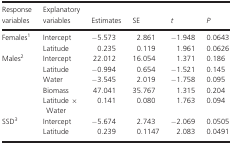
<table><thead><tr><td><b>Response variables</b></td><td><b>Explanatory variables</b></td><td><b>Estimates</b></td><td><b>SE</b></td><td><b><i>t</i></b></td><td><b><i>P</i></b></td></tr></thead><tbody><tr><td rowspan="2">Femalesa</td><td>Intercept</td><td>−5.573</td><td>2.861</td><td>−1.948</td><td>0.0643</td></tr><tr><td>Latitude</td><td>0.235</td><td>0.119</td><td>1.961</td><td>0.0626</td></tr><tr><td rowspan="5">Malesb</td><td>Intercept</td><td>22.012</td><td>16.054</td><td>1.371</td><td>0.186</td></tr><tr><td>Latitude</td><td>−0.994</td><td>0.654</td><td>−1.521</td><td>0.145</td></tr><tr><td>Water</td><td>−3.545</td><td>2.019</td><td>−1.758</td><td>0.095</td></tr><tr><td>Biomass</td><td>47.041</td><td>35.767</td><td>1.315</td><td>0.204</td></tr><tr><td>Latitude × Water</td><td>0.141</td><td>0.080</td><td>1.763</td><td>0.094</td></tr><tr><td rowspan="2">SSDc</td><td>Intercept</td><td>−5.674</td><td>2.743</td><td>−2.069</td><td>0.0505</td></tr><tr><td>Latitude</td><td>0.239</td><td>0.1147</td><td>2.083</td><td>0.0491</td></tr></tbody></table>